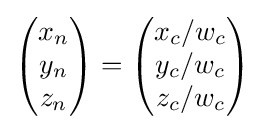
{\begin{pmatrix}x_{n}\\y_{n}\\z_{n}\end{pmatrix}}={\begin{pmatrix}x_{c}/w_{c}\\y_{c}/w_{c}\\z_{c}/w_{c}\end{pmatrix}}